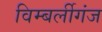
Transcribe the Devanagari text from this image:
विम्बर्लीगंज